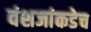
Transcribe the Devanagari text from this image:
वंशजांकडेच